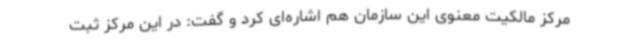
مرکز مالکیت معنوی این سازمان هم اشاره‌ای کرد و گفت: در این مرکز ثبت